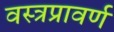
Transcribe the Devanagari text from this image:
वस्त्रप्रावर्ण